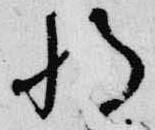
将